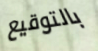
بالتوقيع